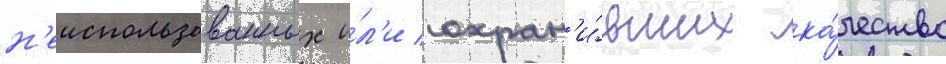
н'еиспользованных и́л'и сохран'и́вших ка́чество